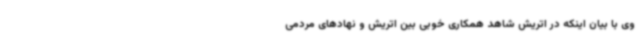
وی با بیان اینکه در اتریش شاهد همکاری خوبی بین اتریش و نهادهای مردمی